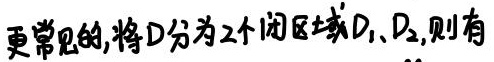
更常见的,将$D$分为2个闭区域$D_1、D_2$,则有